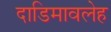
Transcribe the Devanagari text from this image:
दाडिमावलेह